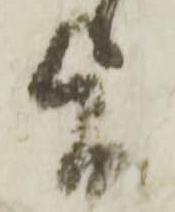
旨